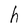
Character: h